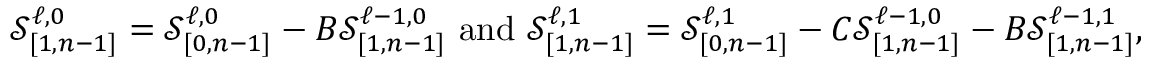
\mathcal { S } _ { [ 1 , n - 1 ] } ^ { \ell , 0 } = \mathcal { S } _ { [ 0 , n - 1 ] } ^ { \ell , 0 } - B \mathcal { S } _ { [ 1 , n - 1 ] } ^ { \ell - 1 , 0 } \mathrm { ~ a n d ~ } \mathcal { S } _ { [ 1 , n - 1 ] } ^ { \ell , 1 } = \mathcal { S } _ { [ 0 , n - 1 ] } ^ { \ell , 1 } - C \mathcal { S } _ { [ 1 , n - 1 ] } ^ { \ell - 1 , 0 } - B \mathcal { S } _ { [ 1 , n - 1 ] } ^ { \ell - 1 , 1 } ,